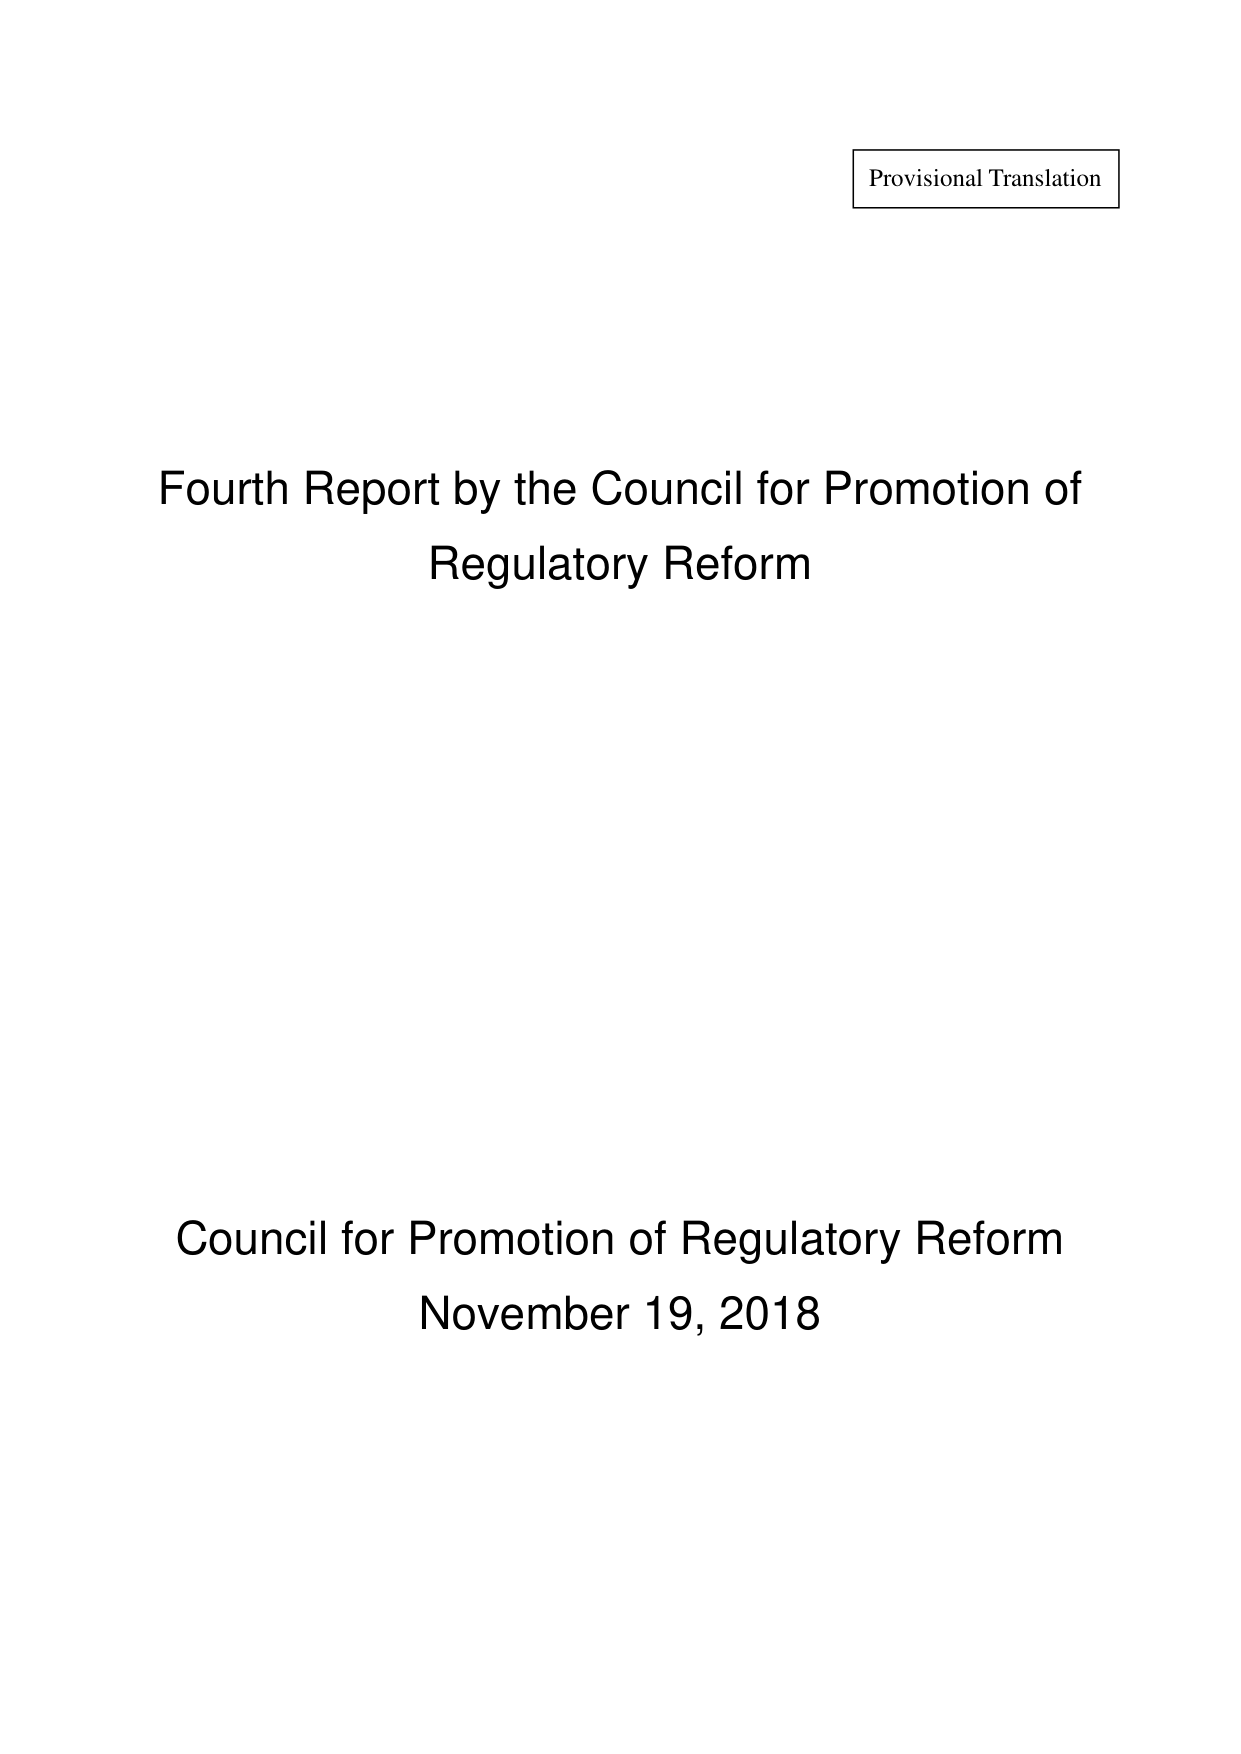
Provisional Translation

Fourth Report by the Council for Promotion of
Regulatory Reform

Council for Promotion of Regulatory Reform
November 19, 2018